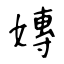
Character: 嫥